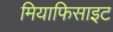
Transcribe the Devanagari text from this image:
मियाफिसाइट